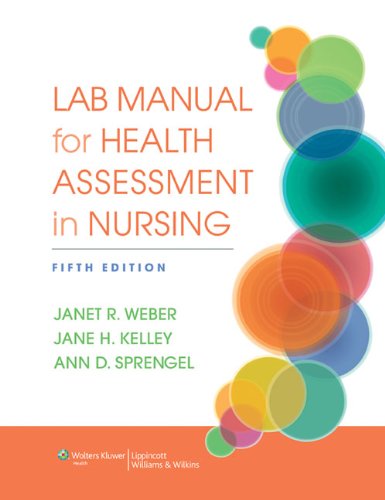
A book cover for Lab Manual for Health Assessment in Nursing; Janet Weber RN  EdD; Medical Books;